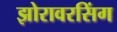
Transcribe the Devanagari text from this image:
झोरावरसिंग